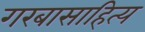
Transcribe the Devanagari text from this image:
गरबासाहित्य